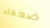
ضعفاء